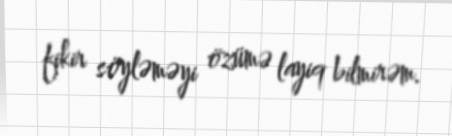
fikir söyləməyi özümə layiq bilmirəm.